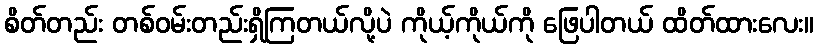
စိတ်တည်း တစ်ဝမ်းတည်းရှိကြတယ်လို့ပဲ ကိုယ့်ကိုယ်ကို ဖြေပါတယ် ထိတ်ထားလေး။